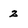
Character: 2